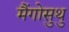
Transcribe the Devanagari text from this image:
मैंगोसुथु